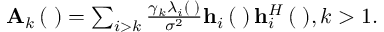
\begin{array} { r } { { { \bf { A } } _ { k } } \left( { { \bf { \Theta } } } \right) = \sum _ { i > k } { \frac { { { \gamma _ { k } } { \lambda _ { i } } \left( { \bf { \Theta } } \right) } } { { { \sigma ^ { 2 } } } } { { \bf { h } } _ { i } } \left( { \bf { \Theta } } \right) { \bf { h } } _ { i } ^ { H } \left( { \bf { \Theta } } \right) } , k > 1 . } \end{array}